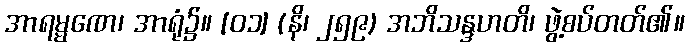
အာရမ္မဏေ၊ အာရုံ၌။ [၀၁] (နိ၊ ၂၅၉) အဘိသန္ဒဟတိ၊ ဖွဲ့စပ်တတ်၏။